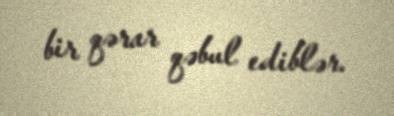
bir qərar qəbul ediblər.